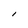
Character: l